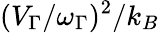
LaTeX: (V_{\Gamma}/\omega_{\Gamma})^{2}/k_{B}